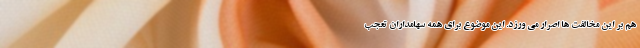
هم بر این مخالفت‌ ها اصرار می ورزد. این موضوع برای همه سهامداران تعجب